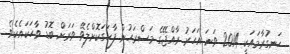
ހަނގުރާމައަކީ 2014 ވަނަ އަހަރު ރާއްޖޭގެ މަސްރަޙުން ފާހަގަކޮށްލެވޭ ވަރަށް ބޮޑު ވާހަކައެކެވެ.